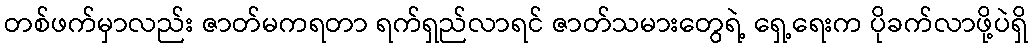
တစ်ဖက်မှာလည်း ဇာတ်မကရတာ ရက်ရှည်လာရင် ဇာတ်သမားတွေရဲ့ ရှေ့ရေးက ပိုခက်လာဖို့ပဲရှိ